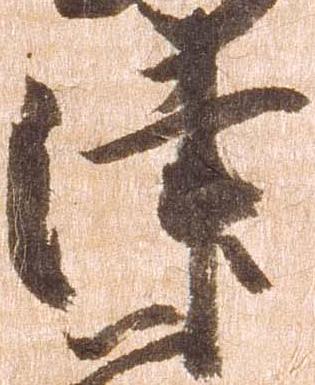
津